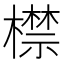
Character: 㯲